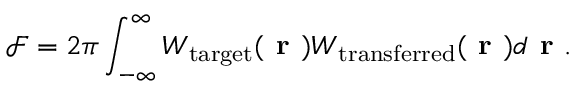
\mathcal { F } = 2 \pi \int _ { - \infty } ^ { \infty } W _ { \mathrm { t a r g e t } } ( \textbf { r } ) W _ { \mathrm { t r a n s f e r r e d } } ( \textbf { r } ) d \textbf { r } .